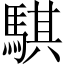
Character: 騏